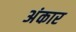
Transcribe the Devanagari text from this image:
अंकार